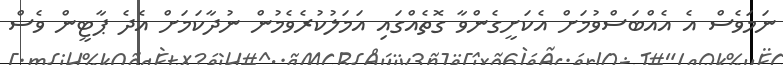
ނަމަވެސް އެ އެއްބަސްވުމަށް އެކަށީގެންވާ ގޮތެއްގައި އަމަލުކުރެވެމުން ނުދާކަމަށް އެދެ ޕާޓީން ވެސް